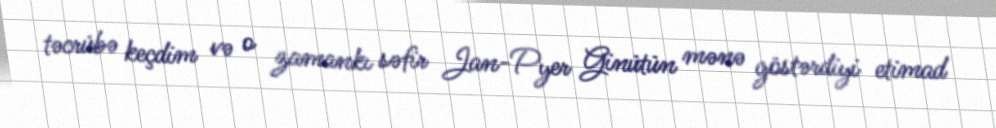
təcrübə keçdim və o zamankı səfir Jan-Pyer Ginütün mənə göstərdiyi etimad